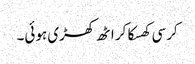
کرسی کھسکا کر اٹھ کھڑی ہوئی۔